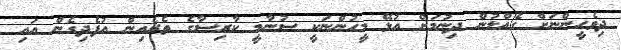
ދިވެހީންނަށް ގެއްލުން ދިނުމަށް އުޅޭ މީހުންނަކީ ސުނާމީ ކާރިސާގެ ތެރެއިން އުފެދިގެން އައި